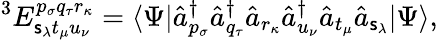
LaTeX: ^3E_{\mathsf{s}_{\lambda}t_{\mu}u_{\nu}}^{p_{\sigma}q_{\tau}r_{\kappa}}=\langle\Psi|\hat{{a}}_{p_{\sigma}}^{\dagger}\hat{{a}}_{q_{\tau}}^{\dagger}\hat{{a}}_{r_{\kappa}}\hat{{a}}_{u_{\nu}}^{\dagger}\hat{{a}}_{t_{\mu}}\hat{{a}}_{\mathsf{s}_{\lambda}}|\Psi\rangle,